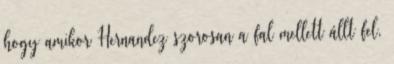
hogy amikor Hernandez szorosan a fal mellett állt fel,